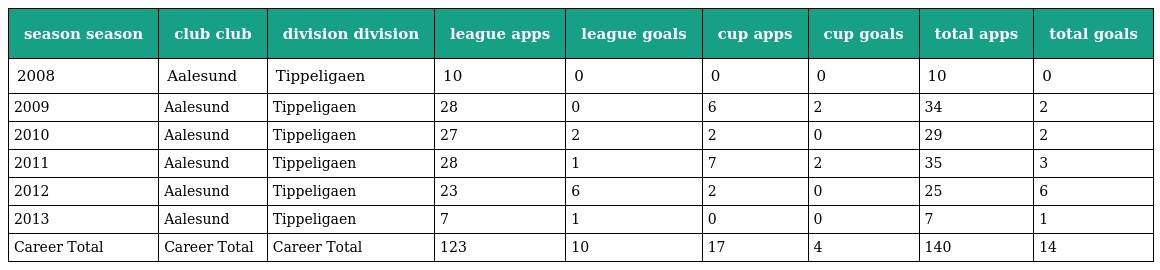
| season season | club club | division division | league apps | league goals | cup apps | cup goals | total apps | total goals |
 | --- | --- | --- | --- | --- | --- | --- | --- | --- |
 | 2008 | Aalesund | Tippeligaen | 10 | 0 | 0 | 0 | 10 | 0 |
 | 2009 | Aalesund | Tippeligaen | 28 | 0 | 6 | 2 | 34 | 2 |
 | 2010 | Aalesund | Tippeligaen | 27 | 2 | 2 | 0 | 29 | 2 |
 | 2011 | Aalesund | Tippeligaen | 28 | 1 | 7 | 2 | 35 | 3 |
 | 2012 | Aalesund | Tippeligaen | 23 | 6 | 2 | 0 | 25 | 6 |
 | 2013 | Aalesund | Tippeligaen | 7 | 1 | 0 | 0 | 7 | 1 |
 | Career Total | Career Total | Career Total | 123 | 10 | 17 | 4 | 140 | 14 |